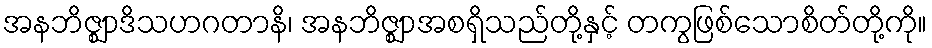
အနဘိဇ္ဈာဒိသဟဂတာနိ၊ အနဘိဇ္ဈာအစရှိသည်တို့နှင့် တကွဖြစ်သောစိတ်တို့ကို။